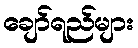
ချော်ရည်များ